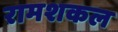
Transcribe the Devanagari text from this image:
रामशकल